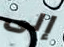
إلى